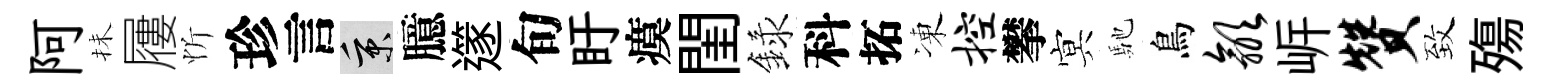
阿抺屨忻珍言秉臆𨗹旬盱瘼閨録科拓凍控攀㝠馳鳥歙㟁赞致殤